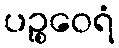
ပဉ္စဝေရံ